Report on vaccination in Madras 1877-1894 - 1877-1894
Year: 1877
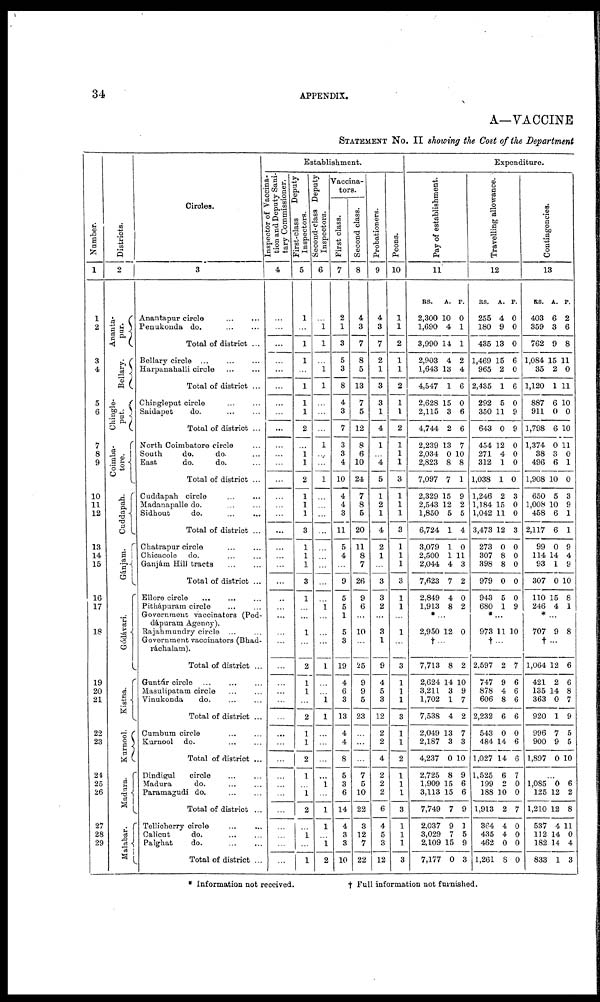
34
APPENDIX.
A—VACCINE
STATEMENT No. II showing the Cost of the Department
Number.
1
1
2
3
4
5
6
7
8
9
10
11
12
13
14
15
16
17
18
19
20
21
22
23
24
25
26
27
28
29
Districts.
2
Ananta-
pur.
Bellary.
Chingle-
put.
Coimba-
tore.
Cuddapah.
Gánjam.
Gódávari.
Kistna.
Kurnool.
Madura.
Malabar.
Circles.
3
Anantapur circle ... ...
Penukonda do. ... ...
Total of district ...
Bellary circle ... ... ...
Harpanahalli circle
...
...
Total of district ...
Chingleput circle ... ...
Saidapet
do.
...
...
Total of district ...
North Coimbatore circle ...
South
do.
do. ...
East
do.
do. ...
Total of district ...
Cuddapah circle ... ...
Madanapalle do.
...
...
Sidhout
do. ... ...
Total of district ...
Chatrapur circle ... ...
Chicacole do. ... ...
Ganjám Hill tracts
...
...
Total of district ...
Ellore circle
...
... ...
Pithápuram circle ... ...
Government vaccinators (Ped-
dápuram Agency).
Rajahmundry circle ... ...
Government vaccinators (Bhad-
ráchalam).
Total of district ...
Guntúr circle
...
...
...
Masulipatam circle ... ...
Vinukonda
do. ... ...
Total of district ...
Cumbum circle ... ...
Kurnool do. ... ...
Total of district ...
Dindigul
circle ... ...
Madura
do. ... ...
Paramagudi do.
...
...
Total of district ...
Tellicherry circle ... ...
Calicut
do. ... ...
Palghat
do.
...
...
Total of district ...
Establishment.
Inspector of vaccina-
tion and Deputy Sani-
tary Commissioner.
4
...
...
...
...
...
...
...
...
...
...
...
...
...
...
...
...
...
...
...
...
...
...
...
...
...
...
...
...
...
...
...
...
...
...
...
...
...
...
...
...
...
...
First-class
Deputy
Inspectors.
5
1
...
1
1
...
1
1
1
2
...
1
1
2
1
1
1
3
1
1
1
3
1
...
...
1
...
2
1
1
...
2
1
1
2
1
...
1
2
...
1
...
1
Second-class Deputy
Inspectors.
6
...
1
1
...
1
1
...
...
...
1
...
...
1
...
...
...
...
...
...
...
...
...
1
...
...
...
1
...
...
1
1
...
...
...
...
1
...
1
1
...
1
2
Vaccina-
tors.
First class.
7
2
1
3
5
3
8
4
3
7
3
3
4
10
4
4
3
11
5
4
...
9
5
5
1
5
3
19
4
6
3
13
4
4
8
5
3
6
14
4
3
3
10
Second class.
8
4
3
7
8
5
13
7
5
12
8
6
10
24
7
8
5
20
11
8
7
26
9
6
...
10
...
25
9
9
5
23
...
...
...
7
5
10
22
3
12
7
22
Probationers.
9
4
3
7
2
1
3
3
1
4
1
...
4
5
1
2
1
4
2
1
...
3
3
2
...
3
1
9
4
5
3
12
2
2
4
2
2
2
6
4
5
3
12
Peons.
10
1
1
2
1
1
2
1
1
2
1
1
1
3
1
1
1
3
1
1
1
3
1
1
...
1
...
3
1
1
1
3
1
1
2
1
1
1
3
1
1
1
3
Expenditure.
Pay of establishment.
11
RS.
2,300
1,690
3,990
2,903
1,643
4,547
2,628
2,115
4,744
2,239
2,034
2,823
7,097
2,329
2,543
1,850
6,724
3,079
2,500
2,044
7,623
2,849
1,913
A.
10
4
14
4
13
1
15
3
2
13
0
8
7
15
12
5
1
1
1
4
7
4
8
P.
0
1
1
2
4
6
0
6
6
7
10
8
1
9
2
5
4
0
11
3
2
0
2
*...
2,950 12 0
†...
7,713
2,624
3,211
1,702
7,538
2,049
2,187
4,237
2,725
1,909
3,113
7,749
2,037
3,029
2,109
7,177
8 2
14 10
3
1
4
13
3
0
8
15
15
7
9
7
15
0
9
7
2
7
3
10
9
6
6
9
1
5
9
3
Travelling allowance.
12
RS.
255
180
435
1,469
965
2,435
292
350
643
454
271
312
1,038
1,246
1,184
1,042
3,473
273
307
398
979
943
680
A.
4
9
13
15
2
1
5
11
0
12
4
1
1
2
15
11
12
0
8
8
0
5
1
P.
0
0
0
6
0
6
0
9
9
0
0
0
0
3
0
0
3
0
0
0
0
0
9
*...
973 11 10
† ...
2,597
747
878
606
2,232
543
484
1,027
1,525
199
188
1,913
364
435
462
1,261
2
9
4
8
6
0
14
14
6
2
10
2
4
4
0
8
7
6
6
6
6
0
6
6
7
0
0
7
0
0
0
0
Contingencies.
13
RS.
403
359
762
1,084
35
1,120
887
911
1,798
1,374
38
496
1,908
650
1,008
458
2,117
99
114
93
307
110
246
A.
6
3
9
15
2
1
6
0
6
0
3
6
10
5
10
6
6
0
14
1
0
15
4
P.
2
6
8
11
0
11
10
0
10
11
0
1
0
3
9
1
1
9
4
9
10
8
1
*...
707 9 8
† ...
1,064
421
135
363
920
996
900
1,897
12
2
14
0
1
7
9
0
6
6
8
7
9
5
5
10
...
1,085
125
1,210
537
112
182
833
0
12
12
4
14
14
1
6
2
8
11
0
4
3
* Information not received.
† Full information not furnished.